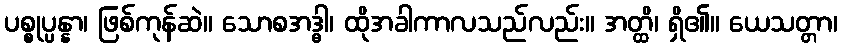
ပစ္စုပ္ပန္နာ၊ ဖြစ်ကုန်ဆဲ။ သောစအဒ္ဓါ၊ ထိုအခါကာလသည်လည်း။ အတ္ထိ၊ ရှိ၏။ ယေသတ္တာ၊